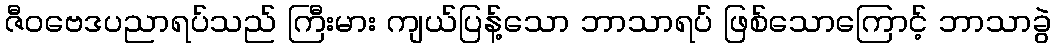
ဇီဝဗေဒပညာရပ်သည် ကြီးမား ကျယ်ပြန့်သော ဘာသာရပ် ဖြစ်သောကြောင့် ဘာသာခွဲ